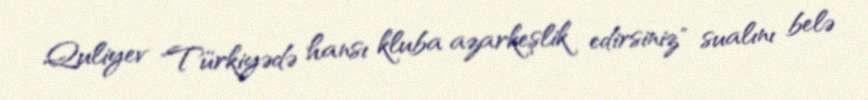
Quliyev "Türkiyədə hansı kluba azarkeşlik edirsiniz" sualını belə